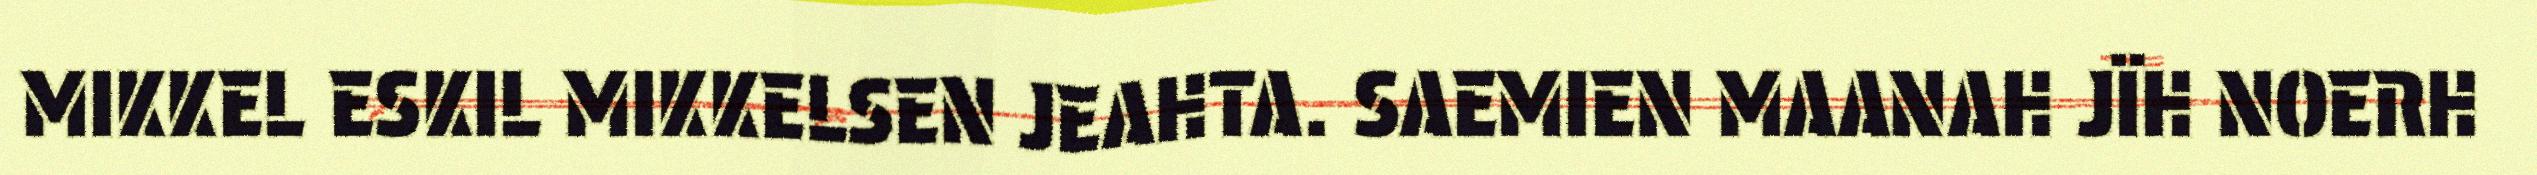
MIKKEL ESKIL MIKKELSEN JEAHTA. SAEMIEN MAANAH JÏH NOERH